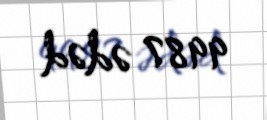
9987 ədəd